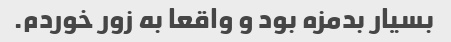
بسیار بدمزه بود و واقعا به زور خوردم.